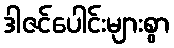
ဒါဇင်ပေါင်းများစွာ